Second report of the anti-malarial operations at Mian Mir, 1901-1903 - Number 9
Year: 1901
Disease focus: Malaria
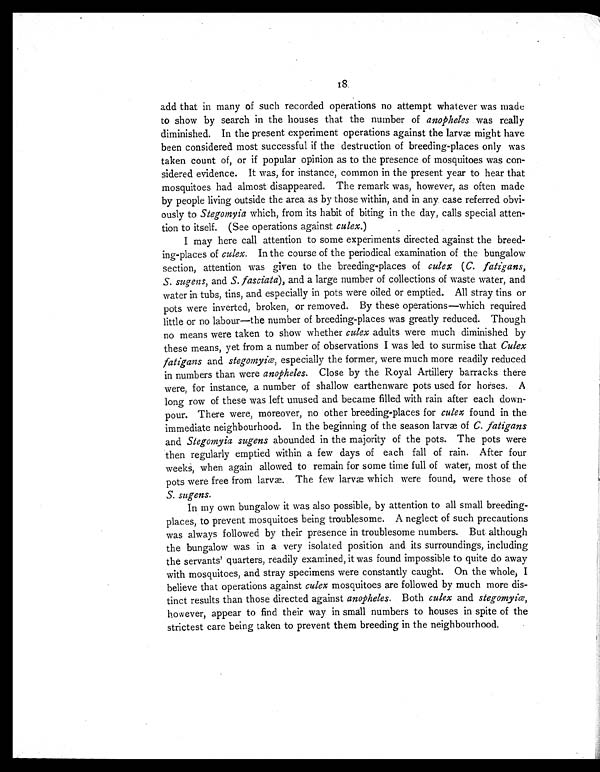
18
add that in many of such recorded operations no attempt whatever was made
to show by search in the houses that the number of anopheles was really
diminished. In the present experiment operations against the larvæ might have
been considered most successful if the destruction of breeding-places only was
taken count of, or if popular opinion as to the presence of mosquitoes was con-
sidered evidence. It was, for instance, common in the present y ear to hear that
mosquitoes had almost disappeared. The remark was, however, as often made
by people living outside the area as by those within, and in any case referred obvi-
ously to Stegomyia which, from its habit of biting in the day, calls special atten-
tion to itself. (See operations against culex.)
I may here call attention to some experiments directed against the breed-
ing-places of culex. In the course of the periodical examination of the bungalow
section, attention was given to the breeding-places of culex (C. fatigans,
S. sugens, and S. fasciata), and a large number of collections of waste water, and
water in tubs, tins, and especially in pots were oiled or emptied. All stray tins or
pots were inverted, broken, or removed. By these operations—which required
little or no labour—the number of breeding-places was greatly reduced. Though
no means were taken to show whether culex adults were much diminished by
these means, yet from a number of observations I was led to surmise that Culex
fatigans and stegomyiæ, especially the former, were much more readily reduced
in numbers than were anopheles. Close by the Royal Artillery barracks there
were, for instance, a number of shallow earthenware pots used for horses. A
long row of these was left unused and became filled with rain after each down-
pour. There were, moreover, no other breeding-places for culex found in the
immediate neighbourhood. In the beginning of the season larvæ of C. fatigans
and Stegomyia sugens abounded in the majority of the pots. The pots were
then regularly emptied within a few days of each fall of rain. After four
weeks, when again allowed to remain for some time full of water, most of the
pots were free from larvæ. The few larvæ which were found, were those of
S. sugens.
In my own bungalow it was also possible, by attention to all small breeding-
places, to prevent mosquitoes being troublesome. A neglect of such precautions
was always followed by their presence in troublesome numbers. But although
the bungalow was in a very isolated position and its surroundings, including
the servants' quarters, readily examined, it was found impossible to quite do away
with mosquitoes, and stray specimens were constantly caught. On the whole, I
believe that operations against culex mosquitoes are followed by much more dis-
tinct results than those directed against anopheles. Both culex and stegomyiæ,
however, appear to find their way in small numbers to houses in spite of the
strictest care being taken to prevent them breeding in the neighbourhood.